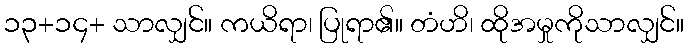
၁၃+၁၄+ သာလျှင်။ ကယိရာ၊ ပြုရာ၏။ တံဟိ၊ ထိုအမှုကိုသာလျှင်။